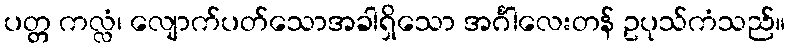
ပတ္တ ကလ္လံ၊ လျောက်ပတ်သောအခါရှိသော အင်္ဂါလေးတန် ဥပုသ်ကံသည်။